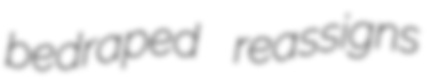
bedraped reassigns